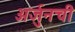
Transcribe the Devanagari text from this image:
अर्जुनची